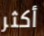
أكثر